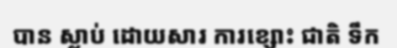
បាន ស្លាប់ ដោយសារ ការខ្សោះ ជាតិ ទឹក